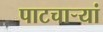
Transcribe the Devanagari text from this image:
पाटचार्‍यां